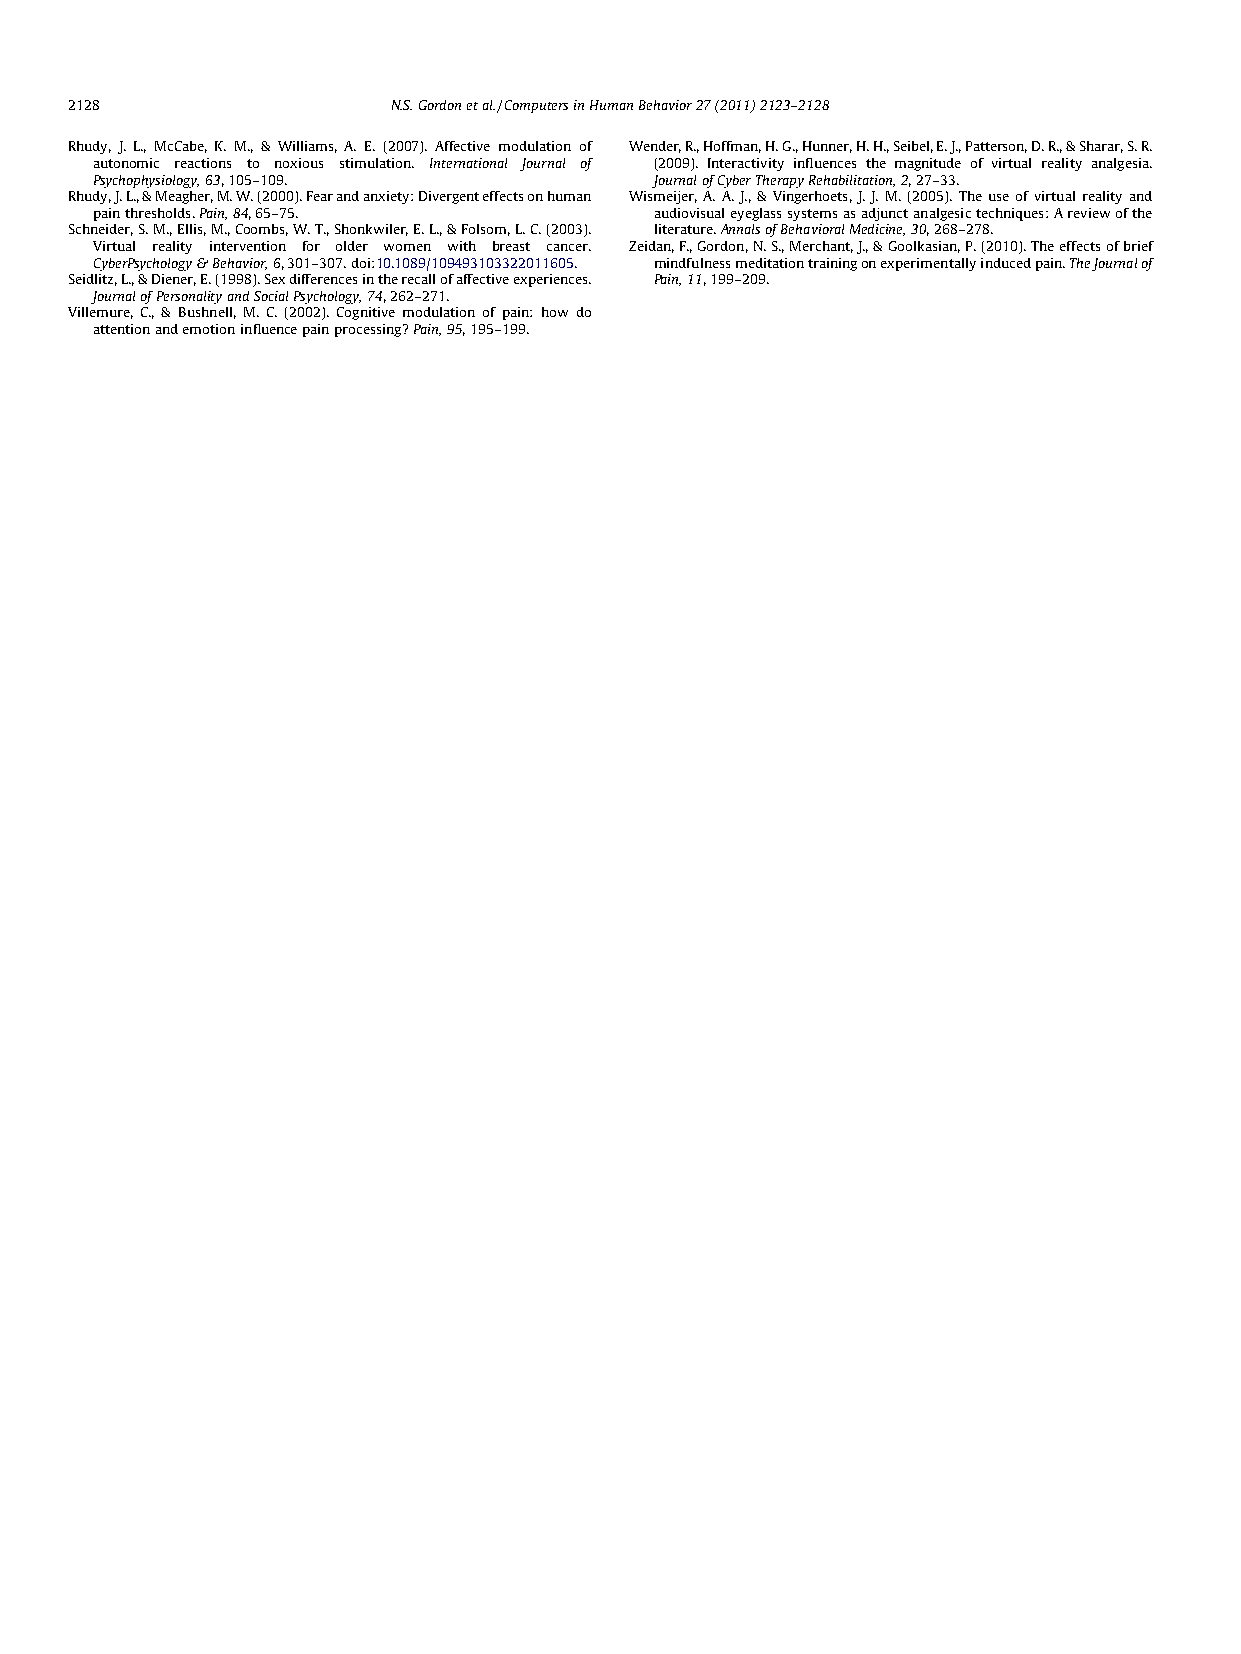
2128                 N.S.Gordonetal./ComputersinHumanBehavior27(2011)2123–2128
 Rhudy, J. L., McCabe, K. M., & Williams, A. E. (2007). Affective modulation of Wender,R.,Hoffman,H.G.,Hunner,H.H.,Seibel,E.J.,Patterson,D.R.,&Sharar,S.R.
 autonomic reactions to noxious stimulation. International Journal of (2009). Interactivity influences the magnitude of virtual reality analgesia.
 Psychophysiology,63,105–109.         JournalofCyberTherapyRehabilitation,2,27–33.
 Rhudy,J.L.,&Meagher,M.W.(2000).Fearandanxiety:Divergenteffectsonhuman Wismeijer,A.A.J.,&Vingerhoets,J.J. M.(2005). Theuseofvirtualreality and
 painthresholds.Pain,84,65–75.        audiovisualeyeglasssystemsasadjunctanalgesictechniques:Areviewofthe
 Schneider,S.M.,Ellis,M.,Coombs,W.T.,Shonkwiler,E.L.,&Folsom,L.C.(2003). literature.AnnalsofBehavioralMedicine,30,268–278.
 Virtual reality intervention for older women with breast cancer. Zeidan,F.,Gordon,N.S.,Merchant,J.,&Goolkasian,P.(2010).Theeffectsofbrief
 CyberPsychology&Behavior,6,301–307.doi:10.1089/109493103322011605. mindfulnessmeditationtrainingonexperimentallyinducedpain.TheJournalof
 Seidlitz,L.,&Diener,E.(1998).Sexdifferencesintherecallofaffectiveexperiences. Pain,11,199–209.
 JournalofPersonalityandSocialPsychology,74,262–271.
 Villemure, C., & Bushnell, M. C. (2002). Cognitive modulation of pain: how do
 attentionandemotioninfluencepainprocessing?Pain,95,195–199.